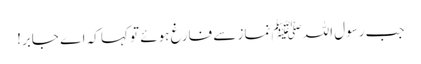
جب رسول اللہﷺ نماز سے فارغ ہوئے تو کہا کہ اے جابر!